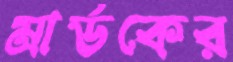
মার্ডকের